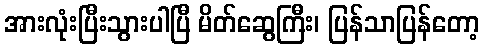
အားလုံးပြီးသွားပါပြီ မိတ်ဆွေကြီး၊ ပြန်သာပြန်တော့